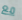
مع